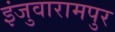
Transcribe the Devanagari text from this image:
इंजुवारामपुर